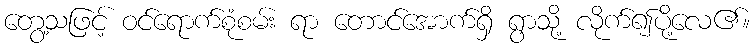
တွေ့သဖြင့် ဝင်ရောက်စုံစမ်း ရာ တောင်အောက်ရှိ ရွာသို့ လိုက်၍ပို့လေ၏။